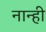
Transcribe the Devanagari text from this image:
नान्ही